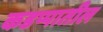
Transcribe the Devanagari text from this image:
कडप्पातील